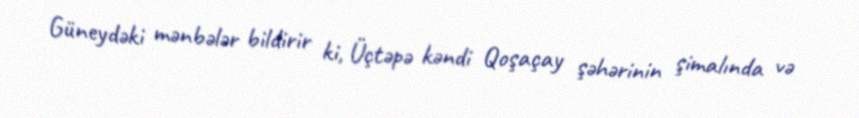
Güneydəki mənbələr bildirir ki, Üçtəpə kəndi Qoşaçay şəhərinin şimalında və